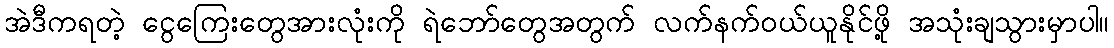
အဲဒီကရတဲ့ ငွေကြေးတွေအားလုံးကို ရဲဘော်တွေအတွက် လက်နက်ဝယ်ယူနိုင်ဖို့ အသုံးချသွားမှာပါ။